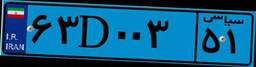
۰۷D۱۳۹۶۲